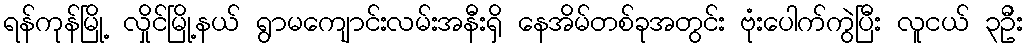
ရန်ကုန်မြို့ လှိုင်မြို့နယ် ရွာမကျောင်းလမ်းအနီးရှိ နေအိမ်တစ်ခုအတွင်း ဗုံးပေါက်ကွဲပြီး လူငယ် ၃ဦး